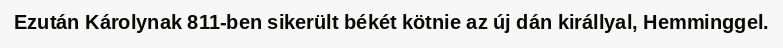
Ezután Károlynak 811-ben sikerült békét kötnie az új dán királlyal, Hemminggel.